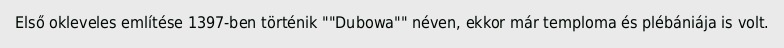
Első okleveles említése 1397-ben történik ""Dubowa"" néven, ekkor már temploma és plébániája is volt.